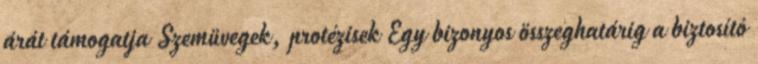
árát támogatja Szemüvegek, protézisek Egy bizonyos összeghatárig a biztosító